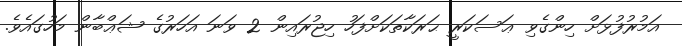
އަމުރުފުޅަށް ހިންގެވި ޢަސަކަރީ ޙަރަކާތަކަށްފަހު ހިޖުރައިން 2 ވަނަ އަހަރުގެ ޝަޢްބާން މަހުގައެވެ.